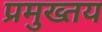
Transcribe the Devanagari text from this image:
प्रमुख्तय